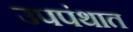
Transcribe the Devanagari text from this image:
उपपंथात